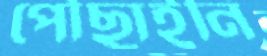
পৌঁছাইনি